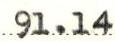
91.14